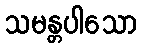
သမန္တပါသော